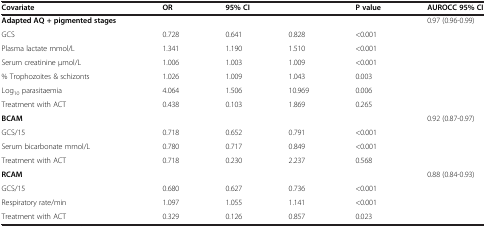
<table><thead><tr><td><b>Covariate</b></td><td><b>OR</b></td><td colspan="2"><b>95% CI</b></td><td><b>P value</b></td><td><b>AUROCC 95% CI</b></td></tr></thead><tbody><tr><td><b>Adapted AQ + pigmented stages</b></td><td> </td><td> </td><td> </td><td> </td><td>0.97 (0.96-0.99)</td></tr><tr><td>GCS</td><td>0.728</td><td>0.641</td><td>0.828</td><td>&lt;0.001</td><td> </td></tr><tr><td>Plasma lactate mmol/L</td><td>1.341</td><td>1.190</td><td>1.510</td><td>&lt;0.001</td><td> </td></tr><tr><td>Serum creatinine μmol/L</td><td>1.006</td><td>1.003</td><td>1.009</td><td>&lt;0.001</td><td> </td></tr><tr><td>% Trophozoites &amp; schizonts</td><td>1.026</td><td>1.009</td><td>1.043</td><td>0.003</td><td> </td></tr><tr><td>Log<sub>10</sub> parasitaemia</td><td>4.064</td><td>1.506</td><td>10.969</td><td>0.006</td><td> </td></tr><tr><td>Treatment with ACT</td><td>0.438</td><td>0.103</td><td>1.869</td><td>0.265</td><td> </td></tr><tr><td><b>BCAM</b></td><td> </td><td> </td><td> </td><td> </td><td>0.92 (0.87-0.97)</td></tr><tr><td>GCS/15</td><td>0.718</td><td>0.652</td><td>0.791</td><td>&lt;0.001</td><td> </td></tr><tr><td>Serum bicarbonate mmol/L</td><td>0.780</td><td>0.717</td><td>0.849</td><td>&lt;0.001</td><td> </td></tr><tr><td>Treatment with ACT</td><td>0.718</td><td>0.230</td><td>2.237</td><td>0.568</td><td> </td></tr><tr><td><b>RCAM</b></td><td> </td><td> </td><td> </td><td> </td><td>0.88 (0.84-0.93)</td></tr><tr><td>GCS/15</td><td>0.680</td><td>0.627</td><td>0.736</td><td>&lt;0.001</td><td> </td></tr><tr><td>Respiratory rate/min</td><td>1.097</td><td>1.055</td><td>1.141</td><td>&lt;0.001</td><td> </td></tr><tr><td>Treatment with ACT</td><td>0.329</td><td>0.126</td><td>0.857</td><td>0.023</td><td> </td></tr></tbody></table>